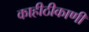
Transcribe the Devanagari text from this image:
काहीठीकाणी